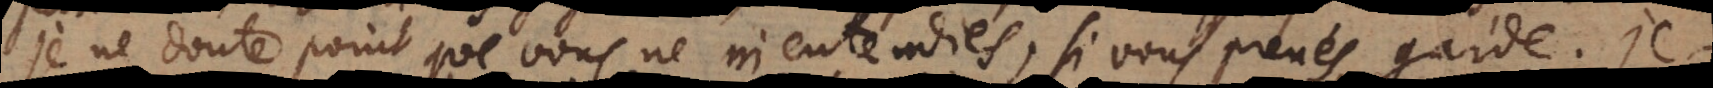
je ne doute point que vous ne m’entendiés, si vous prenés garde.